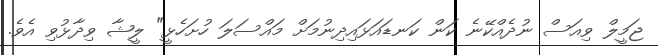
ޖަމީލް ވިއަސް ނުދެއްކޭނެ ކަން ކަނޑައަޅައިދިނުމަށް މައްސަލަ ހުށަހެޅީ" ލީޝާ ވިދާޅުވި އެވެ.